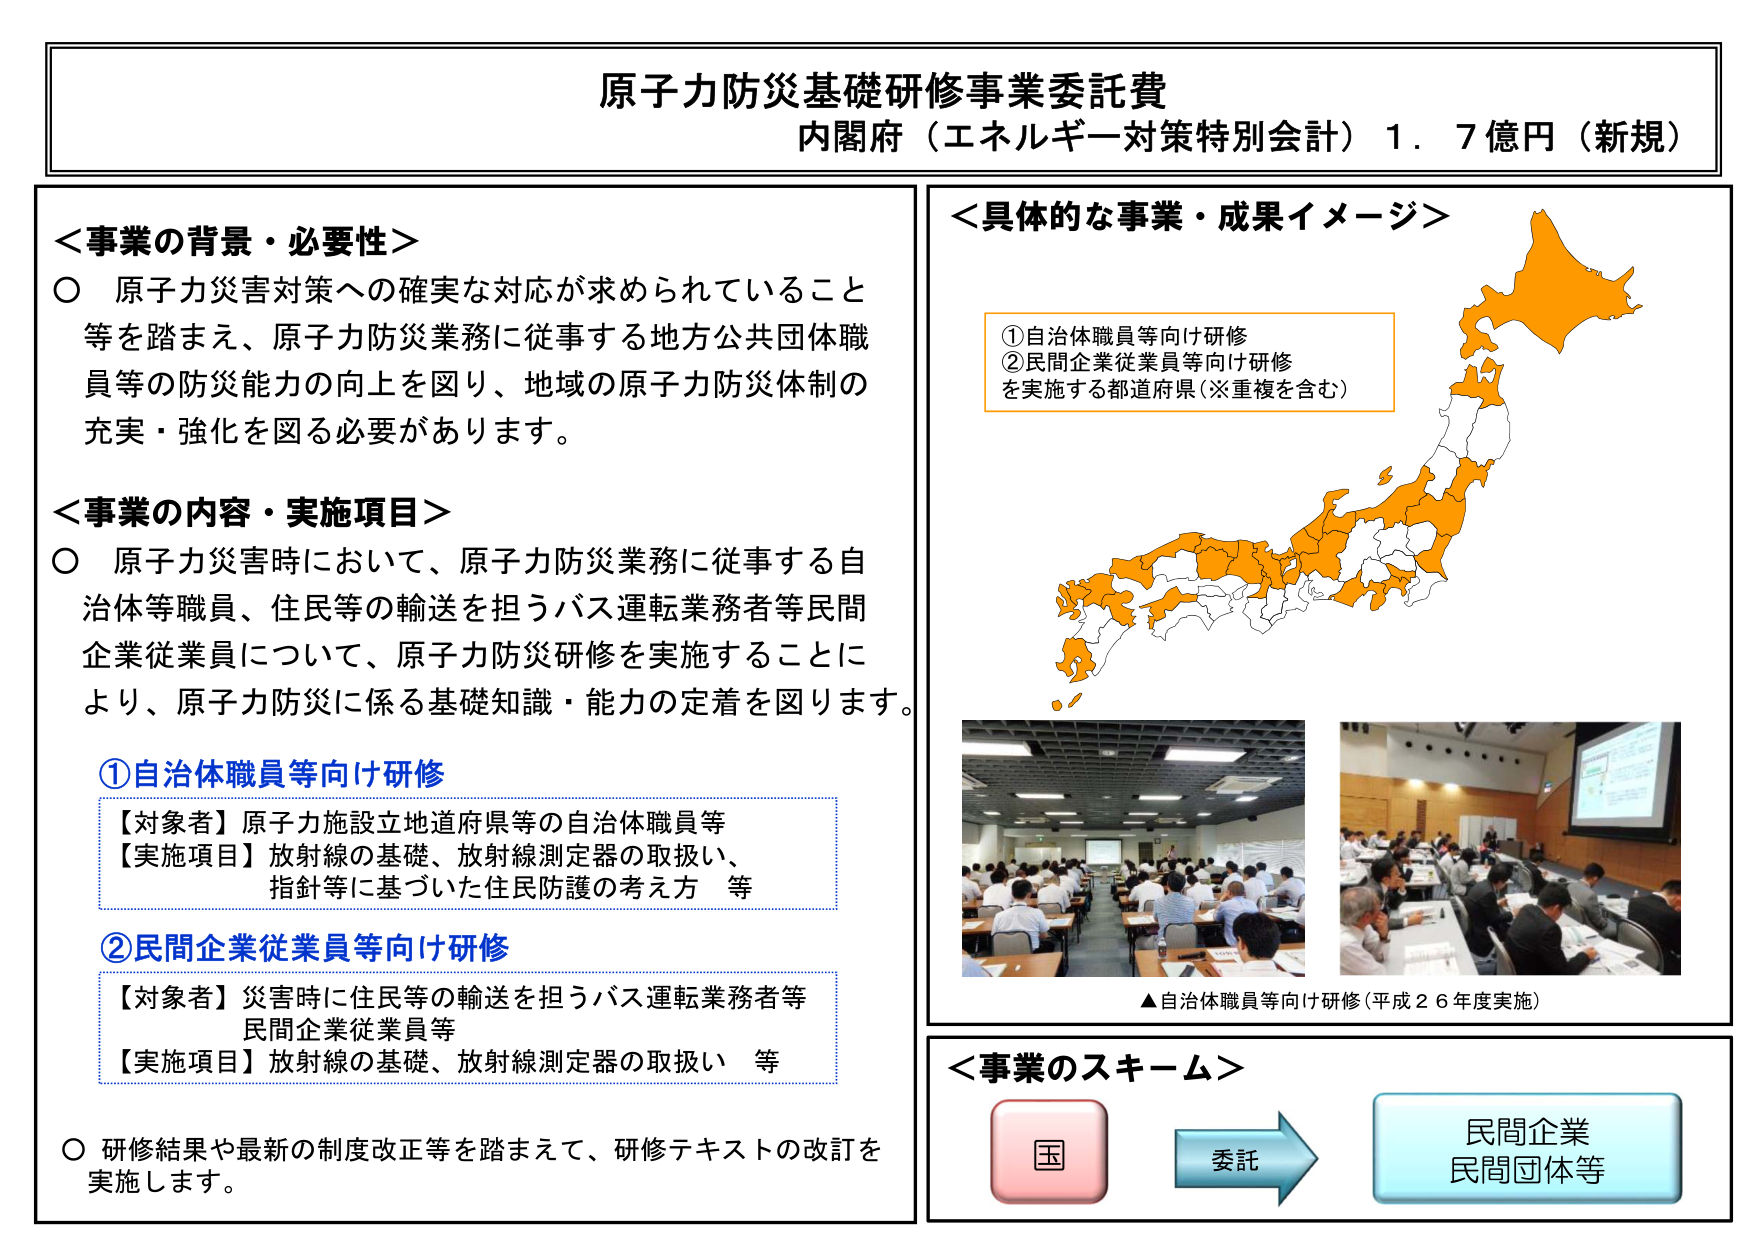
原子力防災基礎研修事業委託費
内閣府（エネルギー対策特別会計）１．７億円（新規）

＜事業の背景・必要性＞
○ 原子力災害対策への確実な対応が求められていること等を踏まえ、原子力防災業務に従事する地方公共団体職員等の防災能力の向上を図り、地域の原子力防災体制の充実・強化を図る必要があります。

＜事業の内容・実施項目＞
○ 原子力災害時において、原子力防災業務に従事する自治体等職員、住民等の輸送を担うバス運転業務者等民間企業従業員について、原子力防災研修を実施することにより、原子力防災に係る基礎知識・能力の定着を図ります。

①自治体職員等向け研修
【対象者】原子力施設立地道府県等の自治体職員等
【実施項目】放射線の基礎、放射線測定器の取扱い、指針等に基づいた住民防護の考え方 等

②民間企業従業員等向け研修
【対象者】災害時に住民等の輸送を担うバス運転業務者等民間企業従業員等
【実施項目】放射線の基礎、放射線測定器の取扱い 等

○ 研修結果や最新の制度改正等を踏まえて、研修テキストの改訂を実施します。

＜具体的な事業・成果イメージ＞
①自治体職員等向け研修
②民間企業従業員等向け研修
を実施する都道府県（※重複を含む）

▲自治体職員等向け研修（平成２６年度実施）

＜事業のスキーム＞
国 → 委託 → 民間企業
　　　　　　　　　　　　民間団体等